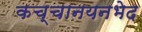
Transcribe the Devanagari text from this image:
कच्चानयनभेद